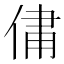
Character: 𫢻